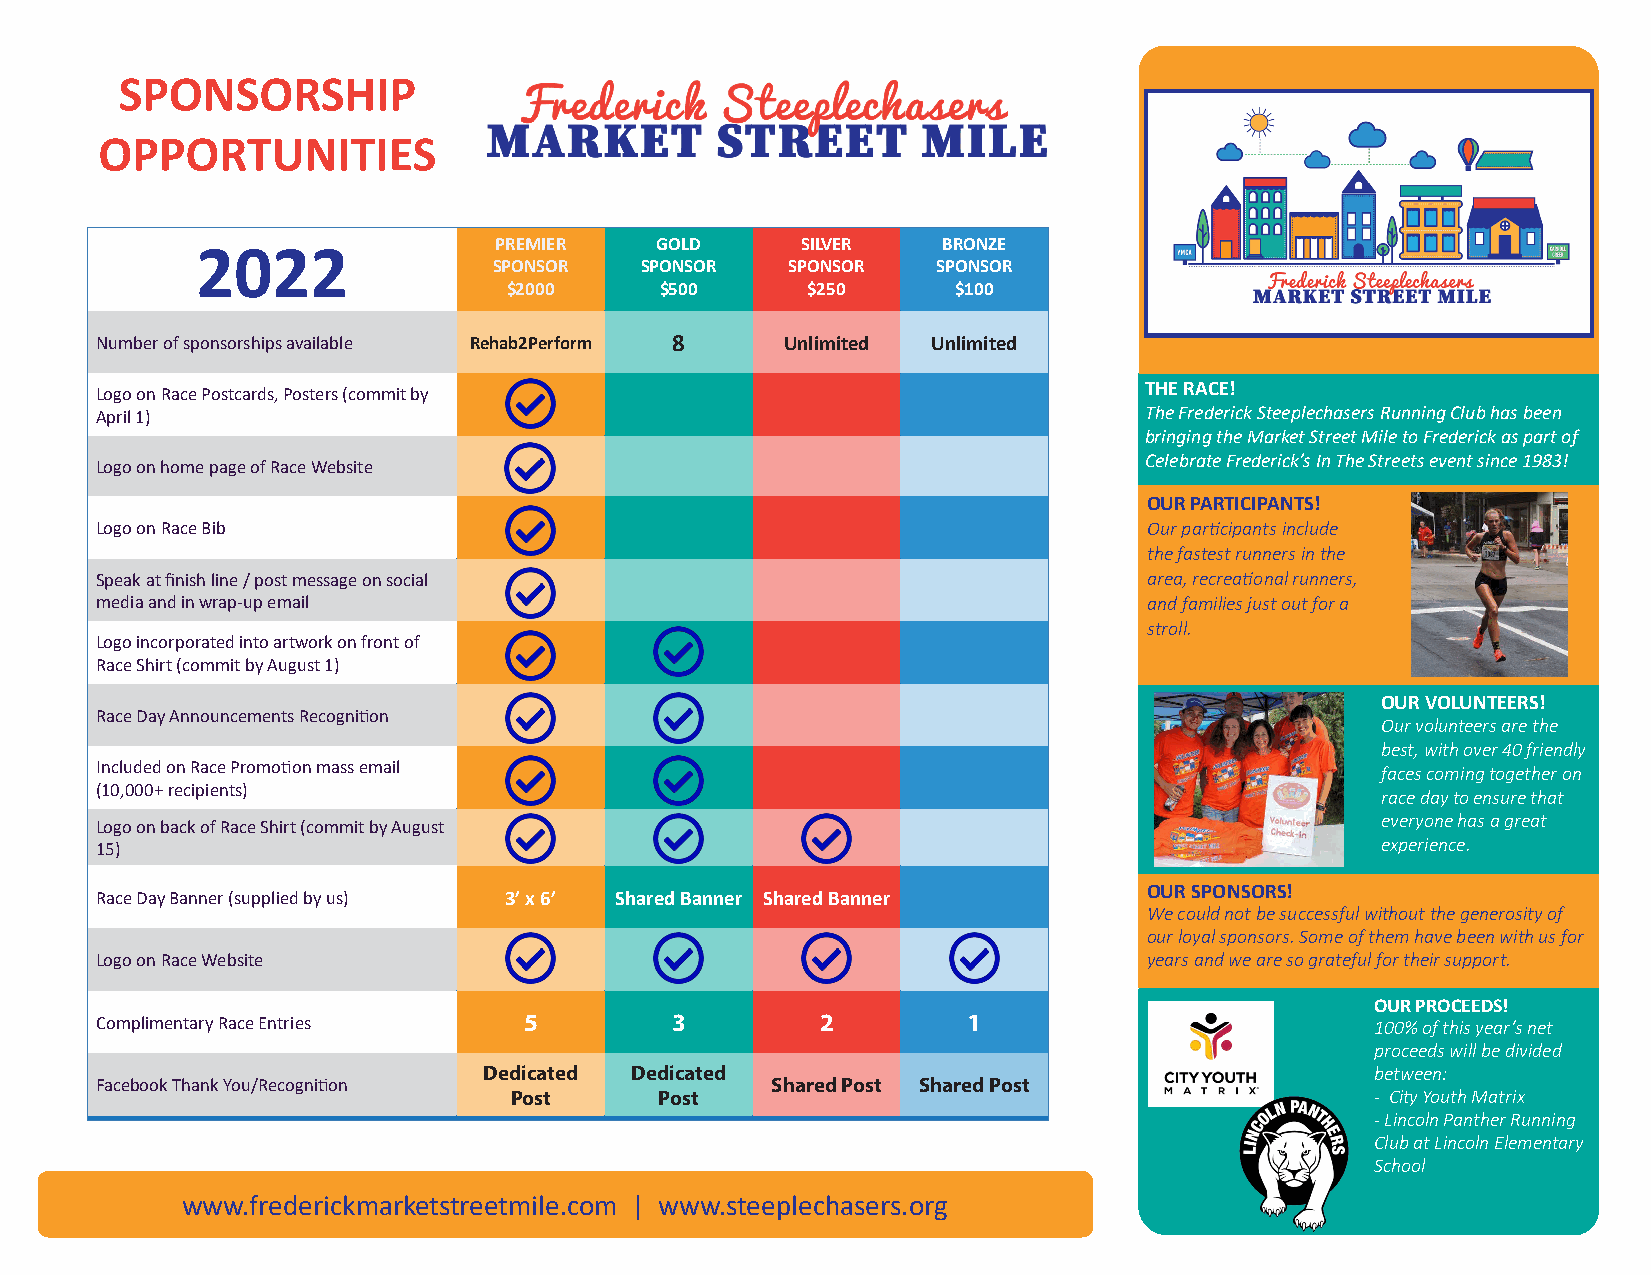
SPONSORSHIP
 OPPORTUNITIES
 PREMIER   GOLD      SILVER   BRONZE
 2022
 SPONSOR  SPONSOR   SPONSOR   SPONSOR
 $2000     $500     $250      $100
 Number of sponsorships available Rehab2Perform 8 Unlimited Unlimited
 Logo on Race Postcards, Posters (commit by                            THE RACE!
 April 1)                                                              The Frederick Steeplechasers Running Club has been
 bringing the Market Street Mile to Frederick as part of
 Celebrate Frederick’s In The Streets event since 1983!
 Logo on home page of Race Website
 OUR PARTICIPANTS!
 Logo on Race Bib                                                      Our participants include
 the fastest runners in the
 Speak at finish line / post message on social                         area, recreational runners,
 media and in wrap-up email                                            and families just out for a
 stroll.
 Logo incorporated into artwork on front of
 Race Shirt (commit by August 1)
 OUR VOLUNTEERS!
 Race Day Announcements Recognition
 Our volunteers are the
 best, with over 40 friendly
 Included on Race Promotion mass email                                                faces coming together on
 (10,000+ recipients)
 race day to ensure that
 everyone has a great
 Logo on back of Race Shirt (commit by August
 15)                                                                                  experience.
 OUR SPONSORS!
 Race Day Banner (supplied by us) 3’ x 6’ Shared Banner Shared Banner
 We could not be successful without the generosity of
 our loyal sponsors. Some of them have been with us for
 Logo on Race Website                                                  years and we are so grateful for their support.
 OUR PROCEEDS!
 Complimentary Race Entries   5        3         2         1                          100% of this year’s net
 proceeds will be divided
 Dedicated Dedicated                                        between:
 Facebook Thank You/Recognition               Shared Post Shared Post
 Post      Post                                           - City Youth Matrix
 - Lincoln Panther Running
 Club at Lincoln Elementary
 School
 www.frederickmarketstreetmile.com | www.steeplechasers.org